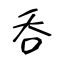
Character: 呑